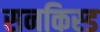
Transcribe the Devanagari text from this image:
सनकिस्ड